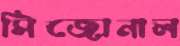
সিজোনাল